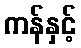
ကန်နှင့်